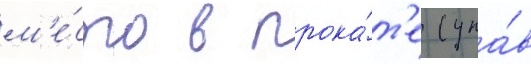
м'е́сто в прока́т'е (упа́в